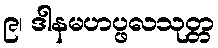
၉၊ ဒါနမဟပ္ဖလသုတ္တ